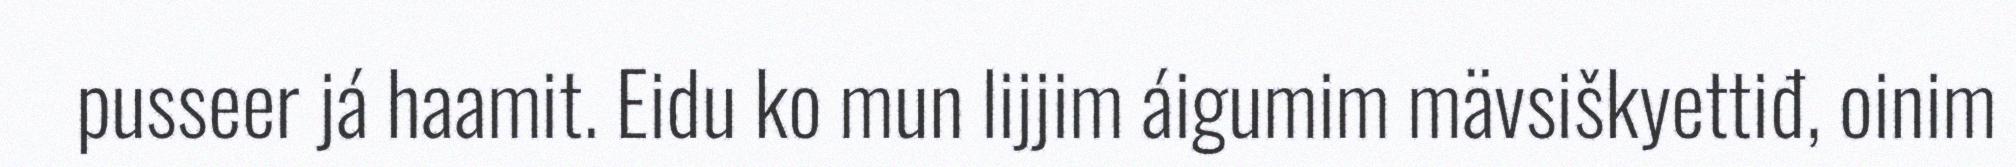
pusseer já haamit. Eidu ko mun lijjim áigumim mävsiškyettiđ, oinim